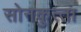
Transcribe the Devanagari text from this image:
सोनकुत्‍ता